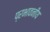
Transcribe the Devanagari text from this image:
प्रभावनीय